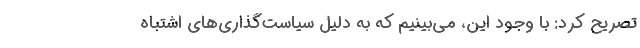
تصریح کرد: با وجود این، می‌بینیم که به دلیل سیاست‌گذاری‌های اشتباه